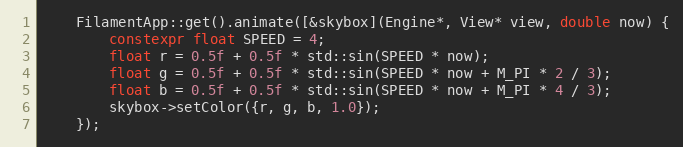
Language: C++
    FilamentApp::get().animate([&skybox](Engine*, View* view, double now) {
        constexpr float SPEED = 4;
        float r = 0.5f + 0.5f * std::sin(SPEED * now);
        float g = 0.5f + 0.5f * std::sin(SPEED * now + M_PI * 2 / 3);
        float b = 0.5f + 0.5f * std::sin(SPEED * now + M_PI * 4 / 3);
        skybox->setColor({r, g, b, 1.0});
    });